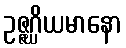
ဥဇ္ဇဂ္ဃိယမာနော